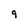
Character: 9